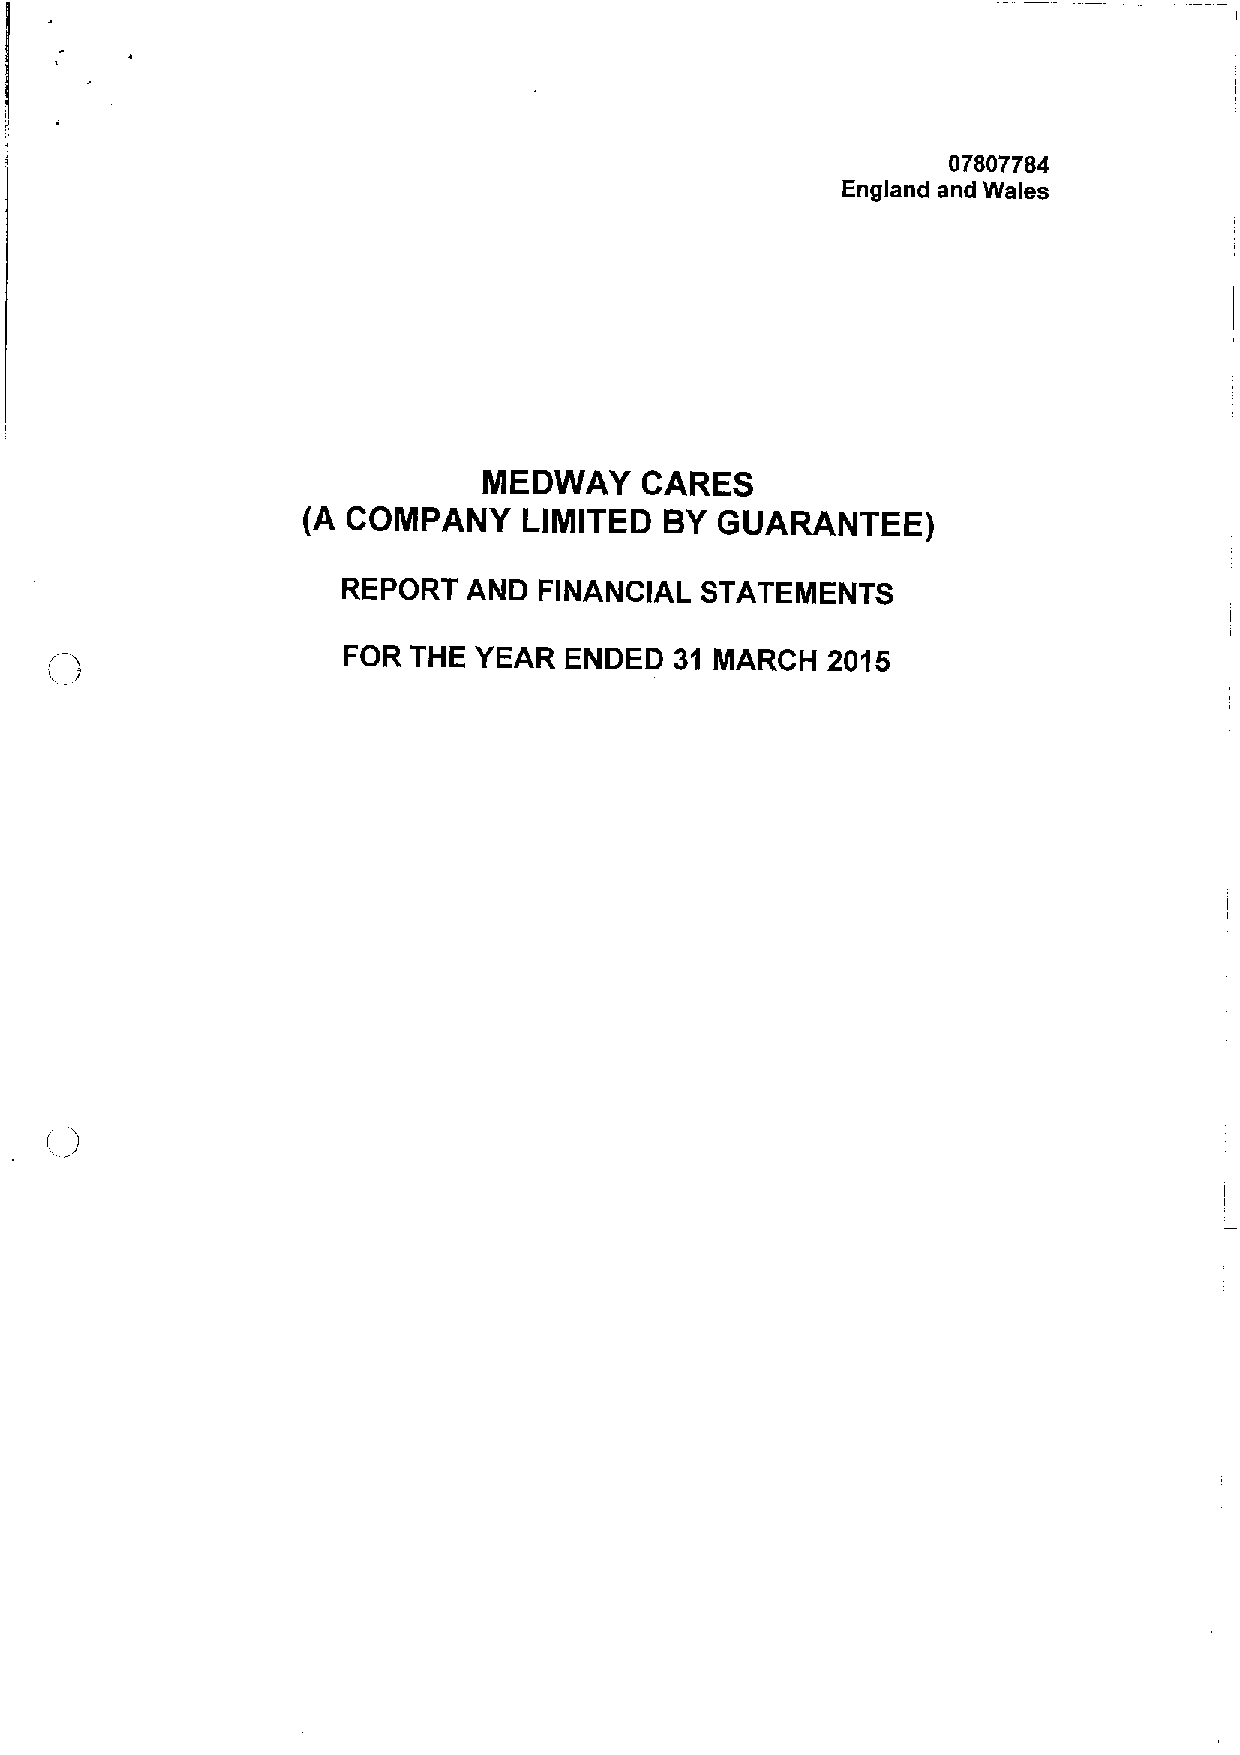
07807784
 England and Wales
 MEDWAY     CARES
 (A COMPANY     LIMITED  BY  GUARANTEE)
 REPORT  AND  FINANCIAL STATEMENTS
 FOR THE YEAR  ENDED   31 MARCH  2015